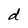
Character: d